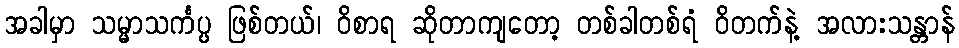
အခါမှာ သမ္မာသင်္ကပ္ပ ဖြစ်တယ်၊ ဝိစာရ ဆိုတာကျတော့ တစ်ခါတစ်ရံ ဝိတက်နဲ့ အလားသန္တာန်